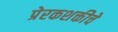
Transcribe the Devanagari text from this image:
प्रेरकशक्तीचे